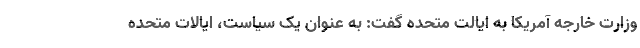
وزارت خارجه آمریکا به ایالت متحده گفت: به عنوان یک سیاست، ایالات متحده